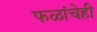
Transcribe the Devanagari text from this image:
फळांचेही